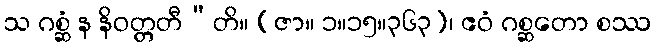
သ ဂစ္ဆံ န နိဝတ္တတီ”တိ။ (ဇာ။ ၁။၁၅။၃၆၃)၊ ဧဝံ ဂစ္ဆတော စဿ